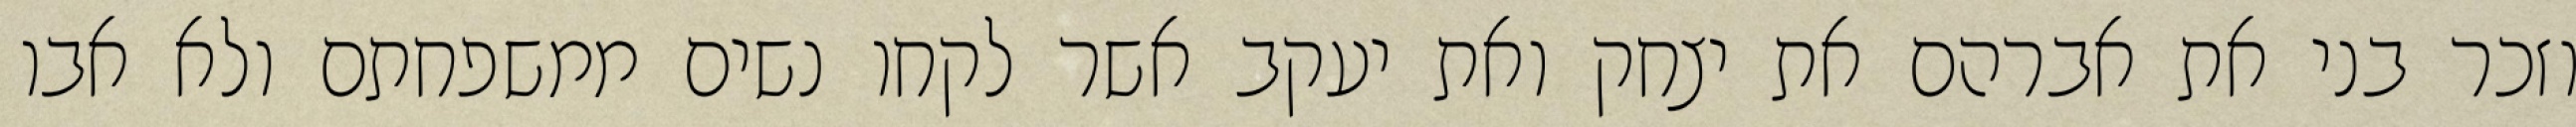
וזכר בני את אברהם את יצחק ואת יעקב אשר לקחו נשים ממשפחתם ולא אבו